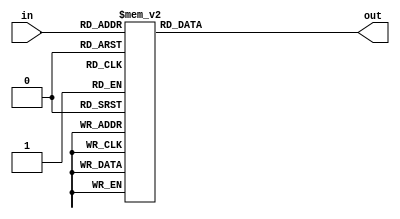
// module SSeg(
//     input [3:0]in,
//     output reg [6:0]out
// );

// always @(*) begin
//     case (in)
//         4'd0:out = 7'b1000000;
//         4'd1:out = 7'b1111001;
//         4'd2:out = 7'b0100100;
//         4'd3:out = 7'b0110000; 
//         4'd4:out = 7'b0011001;
//         4'd5:out = 7'b0010010;
//         4'd6:out = 7'b0000010;
//         4'd7:out = 7'b1111000;
//         4'd8:out = 7'b0000000;
//         4'd9:out = 7'b0011000;
//         4'ha:out = 7'b0001000;
//         4'hb:out = 7'b0000011;
//         4'hc:out = 7'b1000110;
//         4'hd:out = 7'b0100001;
//         4'he:out = 7'b0000110;

//         default: out = 7'b1111111;
//     endcase
// end


// endmodule // SSeg

module SSeg(
    input [4:0]in,
    output reg [6:0]out
);

localparam 
            a = 5'd10,
            b = 5'd11,
            c = 5'd12,
            d = 5'd13,
            e = 5'd14,
            f = 5'd15,
            i = 5'd18,
            n = 5'd19,
            o = 5'd20,
            p = 5'd21,
            r = 5'd22,
            s = 5'd23,
            t = 5'd24,
            u = 5'd25,
            y = 5'd26,
            off = 5'd27;


always @(*) begin
    case (in)
        5'd0:out = 7'b1000000;
        5'd1:out = 7'b1111001;
        5'd2:out = 7'b0100100;
        5'd3:out = 7'b0110000; 
        5'd4:out = 7'b0011001;
        5'd5:out = 7'b0010010;
        5'd6:out = 7'b0000010;
        5'd7:out = 7'b1111000;
        5'd8:out = 7'b0000000;
        5'd9:out = 7'b0011000;
        5'ha:out = 7'b0001000;
        5'hb:out = 7'b0000011;
        5'hc:out = 7'b1000110;
        5'hd:out = 7'b0100001;
        5'he:out = 7'b0000110;
        5'hf:out = 7'b0001110;
        i   :out = 7'b1110000;
        n   :out = 7'b0001011;
        o   :out = 7'b1000000;
        p   :out = 7'b0001100;
        r   :out = 7'b1001110;
        s   :out = 7'b0010010;
        t   :out = 7'b0000111;
        u   :out = 7'b1000001;
        y   :out = 7'b0010001;
        off :out = 7'b1111111;

        default: out = 7'b1111111;
    endcase
end


endmodule // SSeg